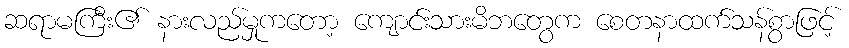
ဆရာမကြီး၏ နားလည်မှုကတော့ ကျောင်းသားမိဘတွေက စေတနာထက်သန်စွာဖြင့်